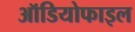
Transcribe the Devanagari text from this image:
ऑडियोफाइल